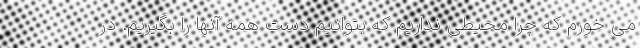
می خورم که چرا محیطی نداریم که بتوانیم دست همه آنها را بگیریم. در